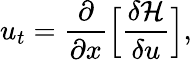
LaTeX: u_{t}=\frac{\partial}{\partial x}\Big[\frac{\delta\mathcal{H}}{\delta u}\Big],